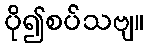
ပို၍စပ်သဗျ။